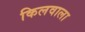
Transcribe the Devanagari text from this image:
किलवाला